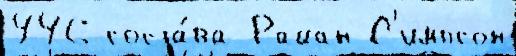
446 соста́ва Райан С'импсон